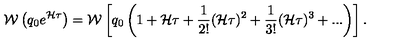
{ \cal W } \left( q _ { 0 } e ^ { { \cal H } \tau } \right) = { \cal W } \left[ q _ { 0 } \left( 1 + { { \cal H } \tau } + { \frac { 1 } { 2 ! } } ( { \cal H } \tau ) ^ { 2 } + { \frac { 1 } { 3 ! } } ( { \cal H } \tau ) ^ { 3 } + . . . \right) \right] .